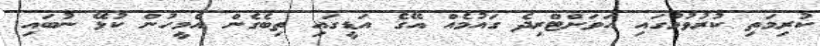
ކުރިމަތި ކުރުވުމުގައި އަވަށްޓްރިދެ ގައުމެއް އޭގެ އަޑީގައި ތިބެގެން އެމީހުން ކުޅޭ ނުބައި